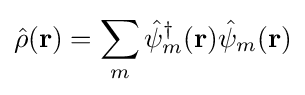
{\hat {\rho }}({\bf {r}})=\sum _{m}{\hat {\psi }}_{m}^{\dagger }({\bf {r}}){\hat {\psi }}_{m}({\bf {r}})